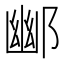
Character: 𮠀